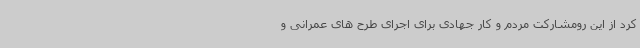
کرد از این رومشارکت مردم و کار جهادی برای اجرای طرح های عمرانی و